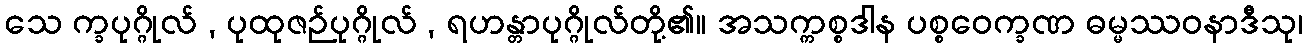
သေ က္ခပုဂ္ဂိုလ် , ပုထုဇဉ်ပုဂ္ဂိုလ် , ရဟန္တာပုဂ္ဂိုလ်တို့၏။ အသက္ကစ္စဒါန ပစ္စဝေက္ခဏ ဓမ္မဿဝနာဒီသု၊